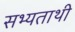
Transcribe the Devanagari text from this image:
सभ्यताथी